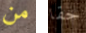
من حقا